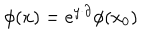
LaTeX: \phi ( x ) = e ^ { y \cdot \partial } \phi ( x _ { 0 } )